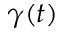
\gamma ( t )